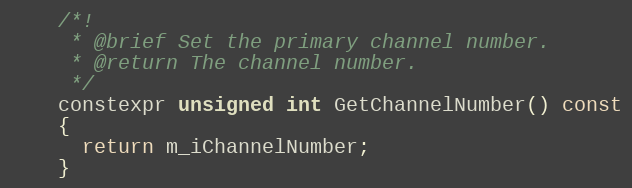
Language: C
    /*!
     * @brief Set the primary channel number.
     * @return The channel number.
     */
    constexpr unsigned int GetChannelNumber() const
    {
      return m_iChannelNumber;
    }